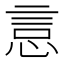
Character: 悥